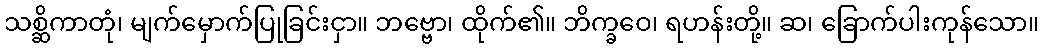
သစ္ဆိကာတုံ၊ မျက်မှောက်ပြုခြင်းငှာ။ ဘဗ္ဗော၊ ထိုက်၏။ ဘိက္ခဝေ၊ ရဟန်းတို့။ ဆ၊ ခြောက်ပါးကုန်သော။